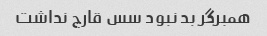
همبرگر بد نبود سس قارچ نداشت